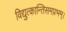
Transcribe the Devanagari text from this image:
विद्युत्कान्तिसमप्रभम्।